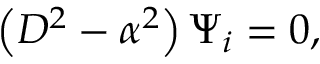
\left( D ^ { 2 } - \alpha ^ { 2 } \right) \Psi _ { i } = 0 ,